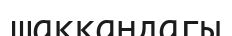
шаққандагы